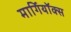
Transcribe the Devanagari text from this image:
मार्गियॉक्स